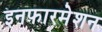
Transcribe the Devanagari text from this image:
इनफारमेशन